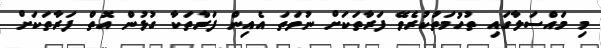
މި މައްސަލާގައި ތުހުމަތުކުރެވޭ ފަރާތަކަށް ނުވަތަ އެއިން ފަރާތަކާ ގުޅުން އޮތް ފަރާތަކަށް